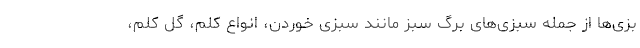
بزی‌ها از جمله سبزی‌های برگ سبز مانند سبزی خوردن، انواع کلم، گُل کلم،